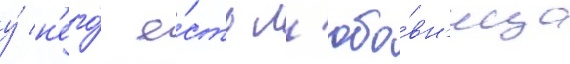
у́ н'его́ е́сть л'юбо́вн'ица